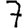
Digit: 7